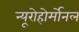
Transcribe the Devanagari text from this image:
न्यूरोहोर्मोनल